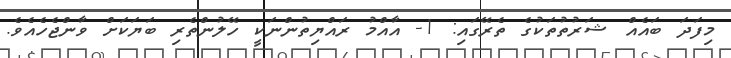
މިފަދަ ބައެއް ޝަރުތުތަކުގެ ތެރޭގައި: 1- އާއްމު ރައްޔިތުންނަކީ ހޭލުންތެރި ބަޔަކަށް ވާންޖެހެއެވެ.